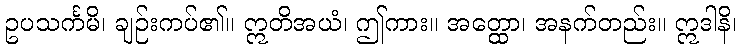
ဥပသင်္ကမိ၊ ချဉ်းကပ်၏။ ဣတိအယံ၊ ဤကား။ အတ္ထော၊ အနက်တည်း။ ဣဒါနိ၊